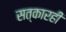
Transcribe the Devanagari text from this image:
सत्कारही